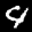
Label: 4